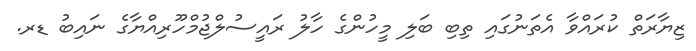
ޒިޔާރަތް ކުރައްވާ އެތަނުގައި ތިބި ބަލި މީހުންގެ ހާލު ރައީސުލްޖުމްހޫރިއްޔާގެ ނައިބު ޑރ.